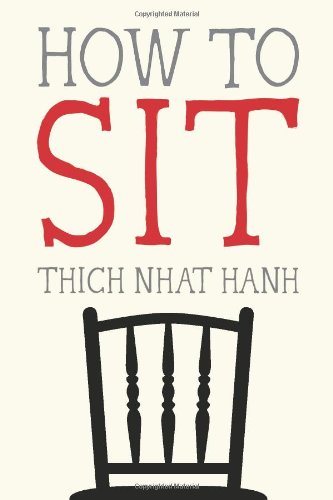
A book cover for How to Sit; Thich Nhat Hanh; Religion & Spirituality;